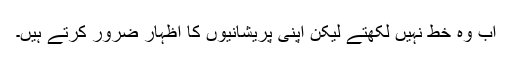
اب وہ خط نہیں لکھتے لیکن اپنی پریشانیوں کا اظہار ضرور کرتے ہیں۔